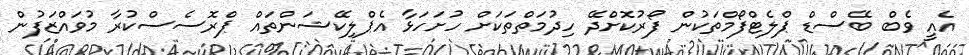
އެއީ ވެބް ބޭސްޑް ޕްލެޓްފޯމްތަކުން ފޯރުކޮށްދޭ ހިދުމަތްތަކަށް ހުށަހަޅާ އެޕްލިކޭޝަންތައް ޕްރޮސެސްކުރާ މުވައްޒަފުން